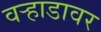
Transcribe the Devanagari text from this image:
वर्‍हाडावर